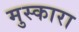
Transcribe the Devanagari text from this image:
मुस्कारा